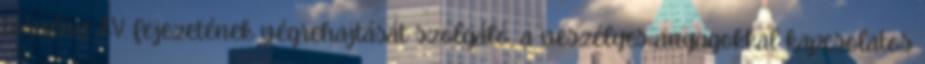
törvény IV. fejezetének végrehajtását szolgáló, a veszélyes anyagokkal kapcsolatos